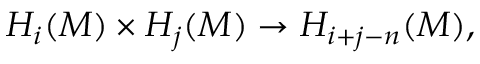
H _ { i } ( M ) \times H _ { j } ( M ) \to H _ { i + j - n } ( M ) ,